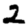
Digit: 2